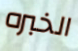
الخبره